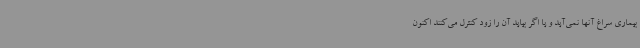
بیماری سراغ آنها نمی‌آید و یا اگر بیاید آن را زود کنترل می‌کنند اکنون